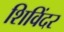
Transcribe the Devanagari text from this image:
शिविंदर